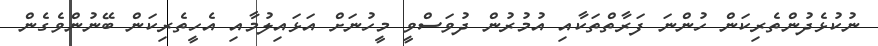
ނުކުޅެދުންތެރިކަން ހުންނަ ފަރާތްތަކާއި އުމުރުން ދުވަސްވީ މީހުނަށް އަޅައިލުމާއި އެހީތެރިކަން ބޭނުންވެގެން